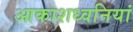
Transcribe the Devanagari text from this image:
आकाशध्वनियां